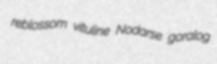
reblossom vituline Nodarse goralog